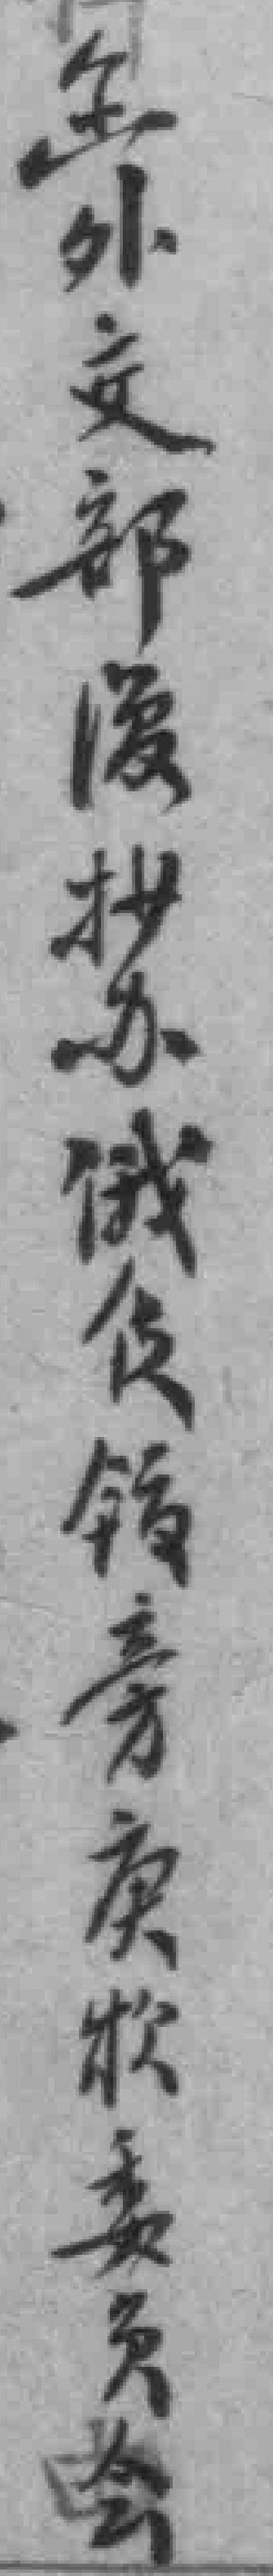
函外交部復抄办俄使馆旁庚款委员会